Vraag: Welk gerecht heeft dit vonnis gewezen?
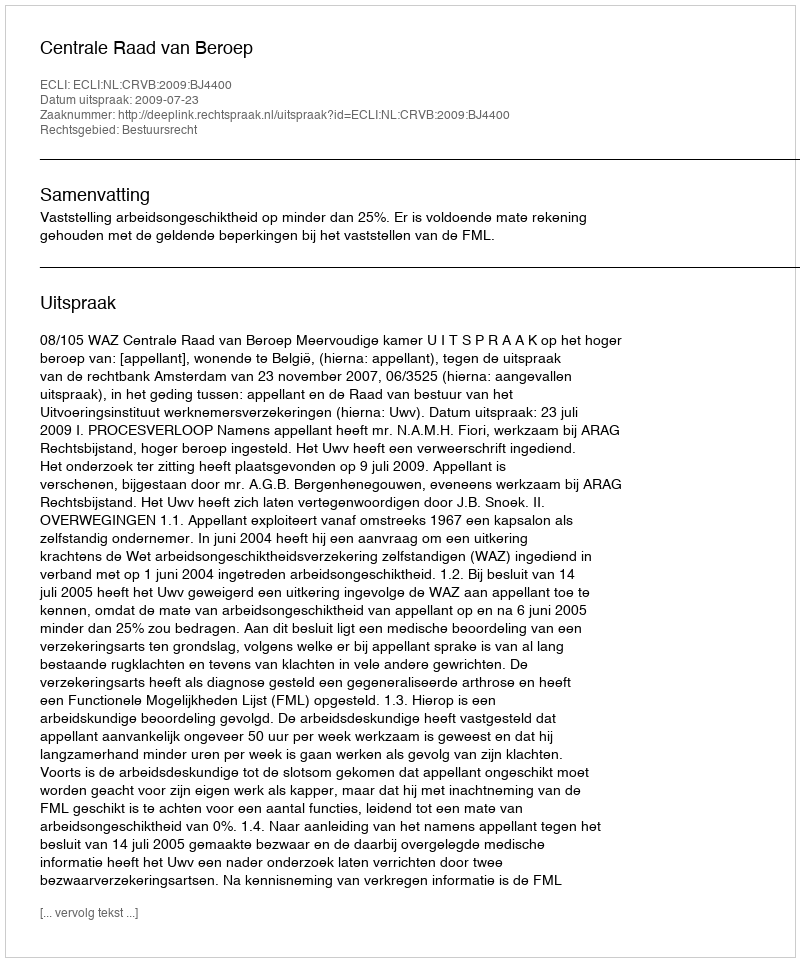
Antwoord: Centrale Raad van Beroep